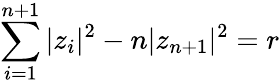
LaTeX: \sum_{i=1}^{n+1}|z_{i}|^{2}-n|z_{n+1}|^{2}=r